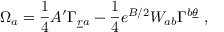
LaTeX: \Omega _ { a } = { \frac { 1 } { 4 } } A ^ { \prime } \Gamma _ { { \underline { { r } } } a } - { \frac { 1 } { 4 } } e ^ { B / 2 } W _ { a b } \Gamma ^ { b \underline { { \theta } } } ~ ,